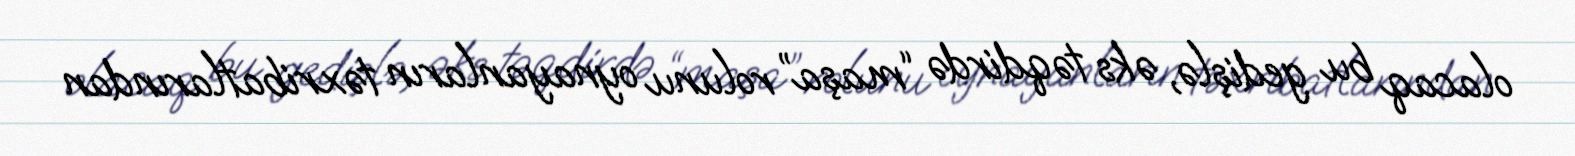
olacaq bu gedişlə, əks təqdirdə “maşa” rolunu oynayanların təxribatlarından